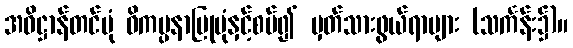
အဓိဋ္ဌာန်တင်ပုံ ဝိကပ္ပနာပြုပုံနှင့်စပ်၍ မှတ်သားဖွယ်ရာများ (သင်္ကန်း၌)။